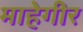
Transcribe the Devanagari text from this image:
माहेगीर